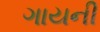
ગાયની